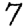
Digit: 7